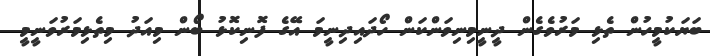
ބަޔަކުމީހުން ތެޅި މަރުވެގެން ދީނީމިނިވަންކަން ހޯދައިދިނީމަ އޭގެ ފޮނިކޮޅު ބޯން މިއަދު މިތެޅިމަރުވަނީމީ